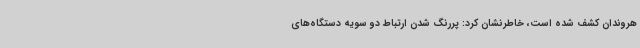
هروندان کشف شده است، خاطرنشان کرد: پررنگ شدن ارتباط دو سویه دستگاه‌های